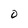
Character: 0